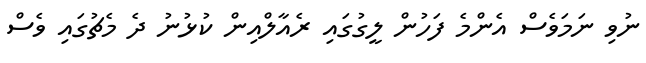
ނުވި ނަމަވެސް އެންމެ ފަހުން ލީގުގައި ރެއާލްއިން ކުޅުނު ދެ މެޗުގައި ވެސް